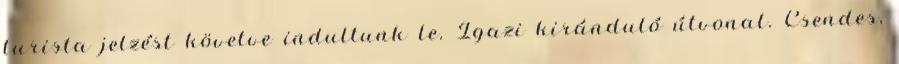
turista jelzést követve indultunk le. Igazi kiránduló útvonal. Csendes,